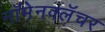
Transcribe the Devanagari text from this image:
नॉमेनक्लॅचर